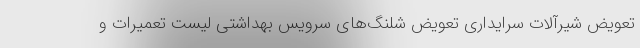
تعویض شیرآلات سرایداری تعویض شلنگ‌های سرویس بهداشتی لیست تعمیرات و